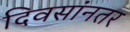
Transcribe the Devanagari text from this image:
दिवसांनतर